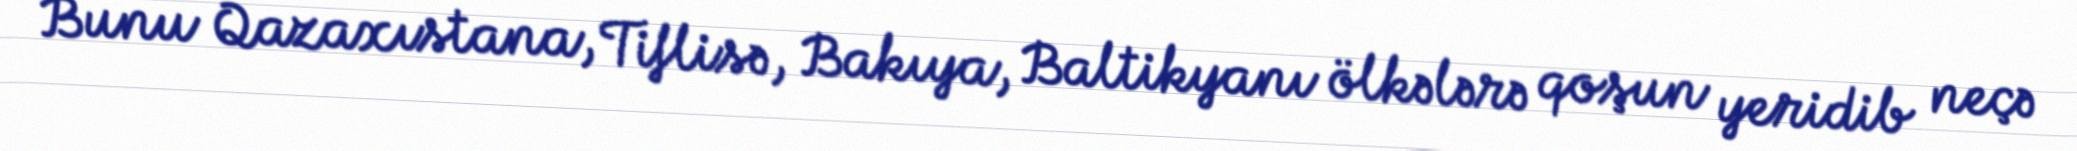
Bunu Qazaxıstana, Tiflisə, Bakıya, Baltikyanı ölkələrə qoşun yeridib neçə